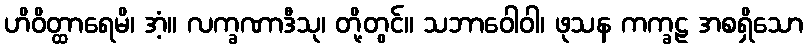
ဟိဝိတ္ထာရေမိ၊ အံ့။ လက္ခဏာဒီသု၊ တို့တွင်။ သဘာဝေါဝါ၊ ဖုသန ကက္ခဠ အစရှိသော